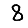
Digit: 8